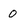
Character: 0